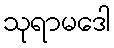
သုရာမဒေါ